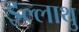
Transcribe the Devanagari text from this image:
इल्लाथु